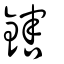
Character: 鎋